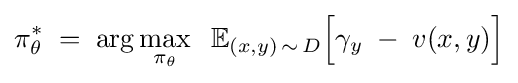
\pi _{\theta }^{*}\;=\;\arg \max _{\pi _{\theta }}\;\;\mathbb {E} _{(x,y)\,\sim \,D}{\Bigl [}\gamma _{y}\;-\;v(x,y){\Bigr ]}